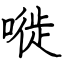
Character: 嘥